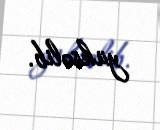
yüksəlib.